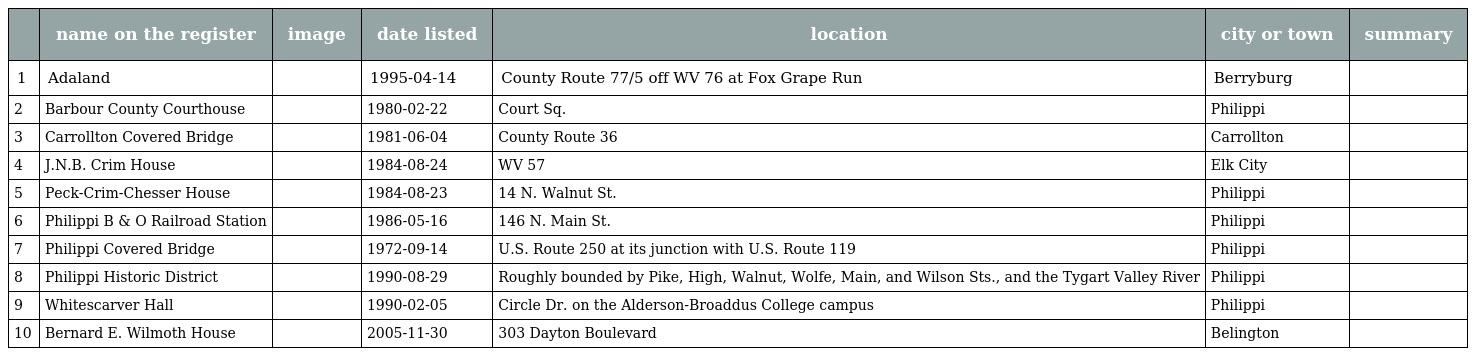
|  | name on the register | image | date listed | location | city or town | summary |
 | --- | --- | --- | --- | --- | --- | --- |
 | 1 | Adaland |  | 1995-04-14 | County Route 77/5 off WV 76 at Fox Grape Run | Berryburg |  |
 | 2 | Barbour County Courthouse |  | 1980-02-22 | Court Sq. | Philippi |  |
 | 3 | Carrollton Covered Bridge |  | 1981-06-04 | County Route 36 | Carrollton |  |
 | 4 | J.N.B. Crim House |  | 1984-08-24 | WV 57 | Elk City |  |
 | 5 | Peck-Crim-Chesser House |  | 1984-08-23 | 14 N. Walnut St. | Philippi |  |
 | 6 | Philippi B & O Railroad Station |  | 1986-05-16 | 146 N. Main St. | Philippi |  |
 | 7 | Philippi Covered Bridge |  | 1972-09-14 | U.S. Route 250 at its junction with U.S. Route 119 | Philippi |  |
 | 8 | Philippi Historic District |  | 1990-08-29 | Roughly bounded by Pike, High, Walnut, Wolfe, Main, and Wilson Sts., and the Tygart Valley River | Philippi |  |
 | 9 | Whitescarver Hall |  | 1990-02-05 | Circle Dr. on the Alderson-Broaddus College campus | Philippi |  |
 | 10 | Bernard E. Wilmoth House |  | 2005-11-30 | 303 Dayton Boulevard | Belington |  |